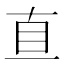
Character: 𥄂